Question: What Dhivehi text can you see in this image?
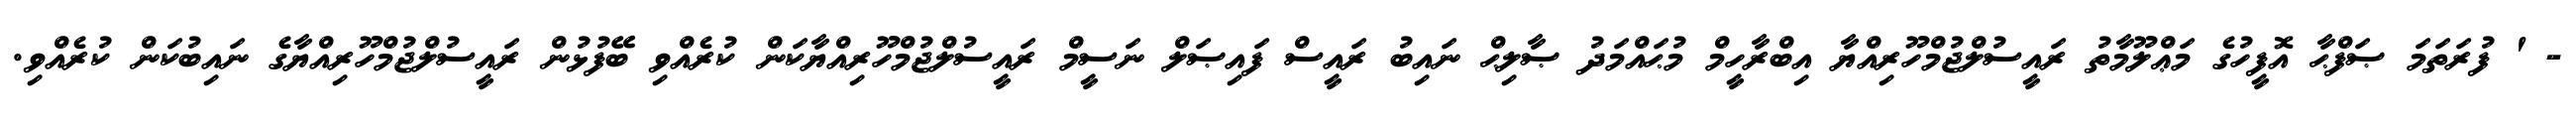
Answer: - ' ފުރަތަމަ ޞަފްޙާ އޮފީހުގެ މަޢްލޫމާތު ރައީސުލްޖުމްހޫރިއްޔާ އިބްރާހީމް މުޙައްމަދު ޞާލިޙް ނައިބު ރައީސް ފައިޞަލް ނަސީމް ރައީސުލްޖުމްހޫރިއްޔާކަން ކުރެއްވި ބޭފުޅުން ރައީސުލްޖުމްހޫރިއްޔާގެ ނައިބުކަން ކުރެއްވި.